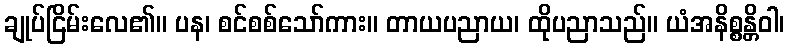
ချုပ်ငြိမ်းလေ၏။ ပန၊ စင်စစ်သော်ကား။ တာယပညာယ၊ ထိုပညာသည်။ ယံအနိစ္စန္တိဝါ၊